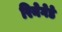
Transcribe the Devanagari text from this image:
रिनेगेडे